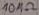
Text: 10MΩ